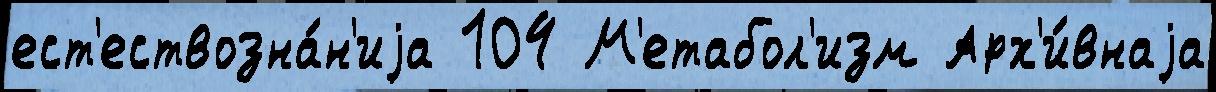
ест'ествозна́н'иjа 104 М'етабол'изм Арх'и́внаjа